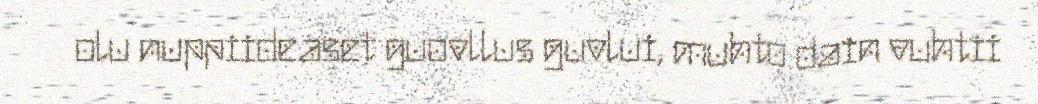
olu nuppiideaset guovllus guvlui, muhto dain vuhtii